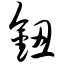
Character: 钮